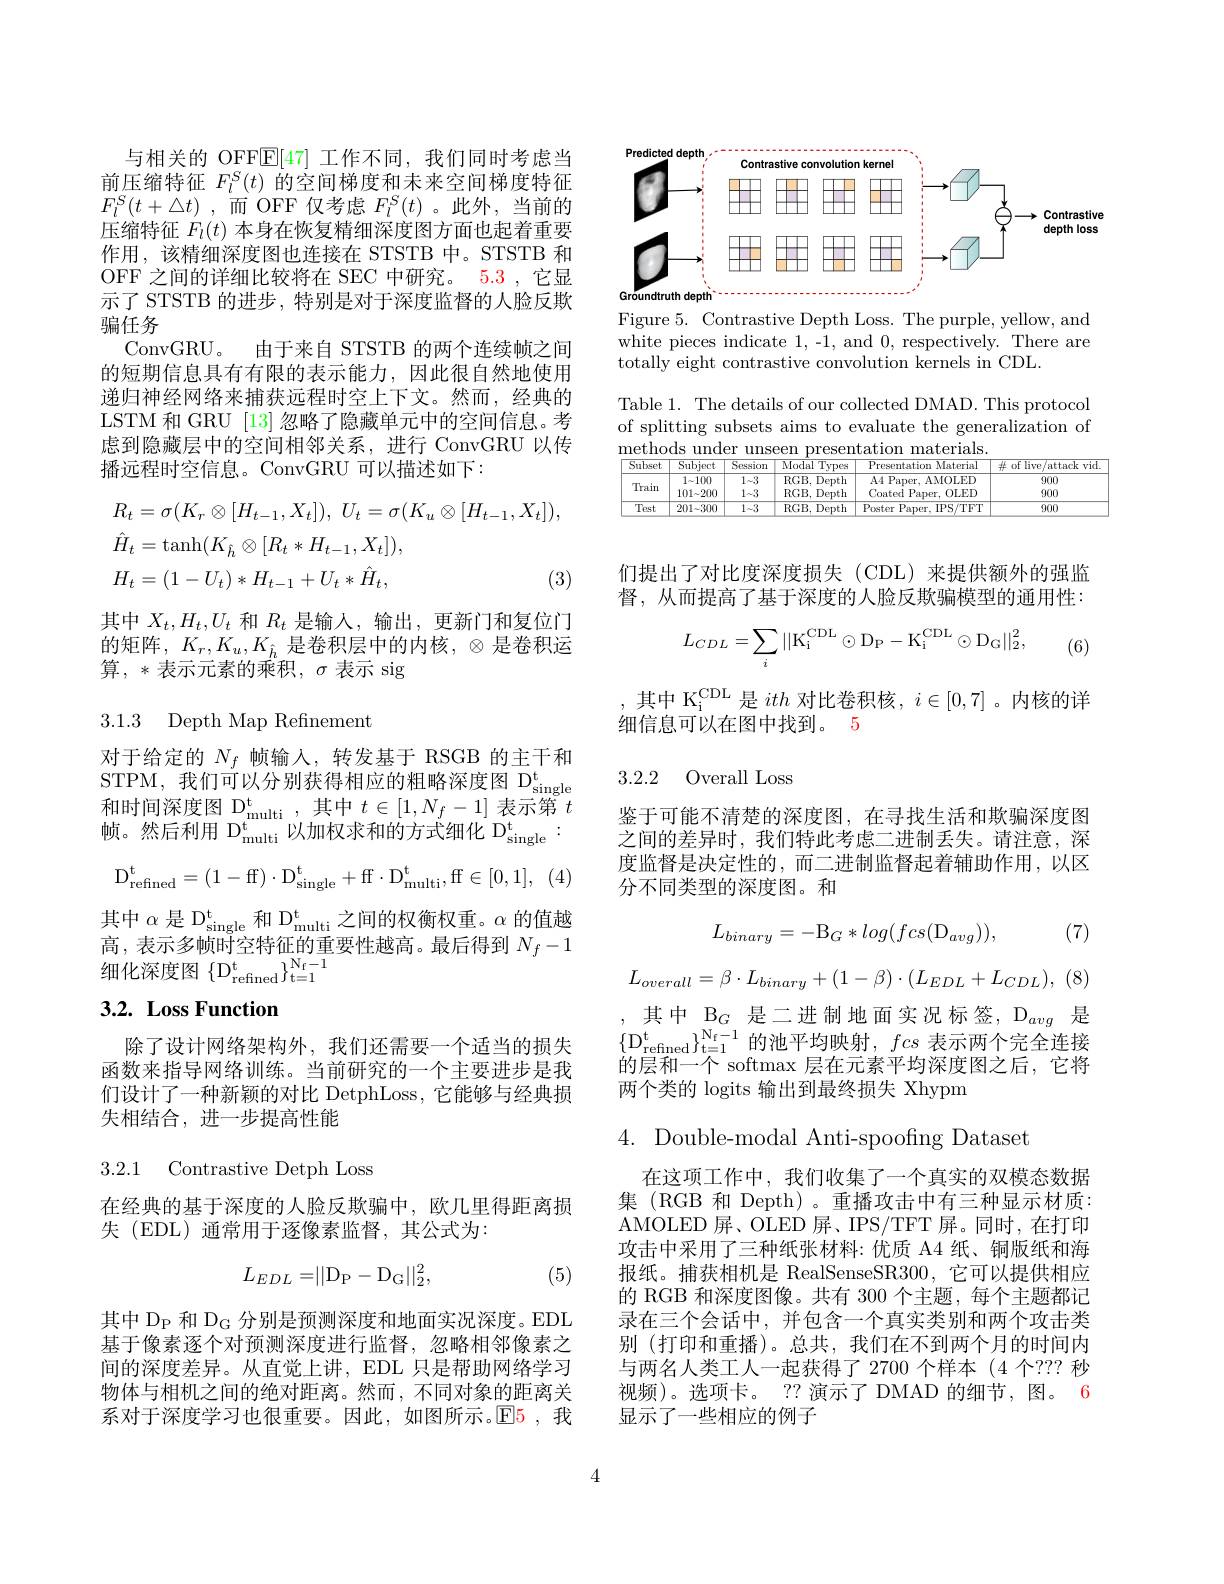
与相关的 OFFE[47] 工作不同，我们同时考虑当前压缩特征$F_l^S(t)$的空间梯度和未来空间梯度特征$F_{l}^{S}( t+ \triangle t)$ ,而 OFF 仅考虑 $F_l^{S}(t)$。此外，当前的压缩特征$F_l(t)$本身在恢复精细深度图方面也起着重要作用，该精细深度图也连接在 STSTB 中。STSTB 和OFF 之间的详细比较将在 SEC 中研究。5.3 ,它显示了 STSTB 的进步，特别是对于深度监督的人脸反欺骗任务
ConvGRU。由于来自 STSTB 的两个连续帧之间的短期信息具有有限的表示能力，因此很自然地使用递归神经网络来捕获远程时空上下文。然而，经典的LSTM 和 GRU [13] 忽略了隐藏单元中的空间信息。考虑到隐藏层中的空间相邻关系，进行 ConvGRU 以传播远程时空信息。ConvGRU 可以描述如下：
$$\begin{aligned}&R_{t}=\sigma(K_{r}\otimes[H_{t-1},X_{t}]),\:U_{t}=\sigma(K_{u}\otimes[H_{t-1},X_{t}]),\\&\hat{H}_{t}=\mathrm{tanh}(K_{h}\otimes[R_{t}*H_{t-1},X_{t}]),\\&H_{t}=(1-U_{t})*H_{t-1}+U_{t}*\hat{H}_{t},&\text{(3}\end{aligned}$$
其中$X_t,H_t,U_t$和$R_t$是输入，输出，更新门和复位门的矩阵，$K_r,K_u,K_{\hat{h}}$是卷积层中的内核，$\otimes$是卷积运算，*表示元素的乘积$,\sigma$ 表示 sig

3.1.3 Depth Map Refinement

对于给定的$N_f$帧输入，转发基于 RSGB 的主干和STPM,我们可以分别获得相应的粗略深度图 D$_\mathrm{single}^\mathrm{t}$ 和时间深度图 D$_\mathrm{multi}^\mathrm{t}$,其中$t\in[1,N_f-1]$ 表示第 $t$ 帧。然后利用 $\mathrm{D_{\mathrm{multi}}^{\mathrm{t}}}^{\mathrm{muuu}}$以加权求和的方式细化 $D_{\mathrm{single}}^{\mathrm{t} }$:
$$\mathrm{D_{refined}^{t}=(1-ff)\cdot D_{single}^{t}+ff\cdot D_{multi}^{t},ff\in[0,1],}$$
其中$\alpha$ 是 D$_\mathrm{single}^\mathrm{t}$ 和 $\mathrm{D}_\mathrm{multi}^\mathrm{t}$之间的权衡权重。$\alpha$ 的值越高，表示多帧时空特征的重要性越高。最后得到$N_f-1$ 细化深度图$\{ D_{\mathrm{refined}}^t\} _{\mathrm{t= 1}}^{\mathrm{N_f- 1}}$

# 3.2. Loss Function

除了设计网络架构外，我们还需要一个适当的损失函数来指导网络训练。当前研究的一个主要进步是我们设计了一种新颖的对比 DetphLoss, 它能够与经典损失相结合，进一步提高性能

3.2.1 Contrastive Detph Loss

在经典的基于深度的人脸反欺骗中，欧几里得距离损
${\text{失 (EDL)通常用于逐像素监督，其公式为：}}$
$$L_{EDL}=\|\mathrm{D_P-D_G}\|_2^2,$$
(5)

其中 D$_{\mathrm{P}}$和$\mathcal{D}_{\mathrm{G}}$分别是预测深度和地面实况深度。EDL 基于像素逐个对预测深度进行监督，忽略相邻像素之间的深度差异。从直觉上讲，EDL 只是帮助网络学习物体与相机之间的绝对距离。然而，不同对象的距离关系对于深度学习也很重要。因此，如图所示。$\color{red}{\mathrm{E5}}$,我

<FigureHere>

Figure 5. Contrastive Depth Loss. The purple, yellow, and white pieces indicate 1,-1, and 0, respectively. There are totally eight contrastive convolution kernels in CDL.

Table 1. The details of our collected DMAD. This protocol of splitting subsets aims to evaluate the generalization of methods under unseen presentation materials

<table>
	<tbody>
		<tr>
			<th>$\overline{\text{Subset}}$</th>
			<th>$\operatorname{Subject}$</th>
			<th>$\overline{\mathrm{Session}}$</th>
			<th>Nlodal $\overline{\text{Types}}$</th>
			<th>Presentation Material</th>
			<th>$\#$ of live/attack vie</th>
		</tr>
		<tr>
			<td rowspan="2">Train</td>
			<td>$1\sim100$</td>
			<td>$1\sim3$</td>
			<td>RGB, Depth</td>
			<td>A4 Paper, AMOLED</td>
			<td>900</td>
		</tr>
		<tr>
			<td>$101\sim200$</td>
			<td>$1\sim3$</td>
			<td>RGB, Depth</td>
			<td>Coated Paper, OLED</td>
			<td>900</td>
		</tr>
		<tr>
			<td>Test</td>
			<td>$201\sim300$</td>
			<td>$1\sim3$</td>
			<td>RGB, Depth</td>
			<td>Poster Paper, IPS/ TFT</td>
			<td>900</td>
		</tr>
	</tbody>
</table>

们提出了对比度深度损失(CDL)来提供额外的强监督，从而提高了基于深度的人脸反欺骗模型的通用性：
$$L_{CDL}=\sum_{i}||\mathrm{K_i^{CDL}}\odot\mathrm{D_P}-\mathrm{K_i^{CDL}}\odot\mathrm{D_G}||_2^2,$$
(6)

,其中 K$_\mathrm{i}^\mathrm{CDL}$是ith对比卷积核，$i\in[0,7]$ 。内核的详
细信息可以在图中找到。5

3.2.2 Overall Loss

鉴于可能不清楚的深度图，在寻找生活和欺骗深度图之间的差异时，我们特此考虑二进制丢失。请注意，深度监督是决定性的，而二进制监督起着辅助作用，以区分不同类型的深度图。和

, (7)
$$L_{binary}=-\mathrm{B}_{G}*log(fcs(\mathrm{D}_{avg})),$$
$$L_{overall}=\beta\cdot L_{binary}+(1-\beta)\cdot(L_{EDL}+L_{CDL}),$$
,其中 B$_G$ 是二进制地面实况标签$,\mathrm{D}_avg$是$\{ D_{refined}^t\} _{t= 1}^{N_{t}- 1}$ 的池平均映射$,fcs$ 表示两个完全连接的层和一个 softmax 层在元素平均深度图之后，它将两个类的 logits 输出到最终损失 Xhypm

4. Double-modal Anti-spoofing Dataset

在这项工作中，我们收集了一个真实的双模态数据集 (RGB 和 Depth)。重播攻击中有三种显示材质： AMOLED 屏、OLED 屏、IPS/TFT 屏。同时，在打印攻击中采用了三种纸张材料：优质 A4 纸、铜版纸和海报纸。捕获相机是 RealSenseSR300,它可以提供相应的 RGB 和深度图像。共有 300 个主题，每个主题都记录在三个会话中，并包含一个真实类别和两个攻击类别 (打印和重播)。总共，我们在不到两个月的时间内与两名人类工人一起获得了 2700 个样本(4 个？?? 秒视频)。选项卡。?? 演示了 DMAD 的细节，图。6显示了一些相应的例子

4